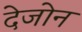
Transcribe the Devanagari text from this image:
देजोन